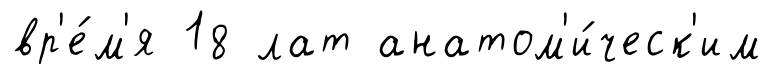
вр'е́м'я 18 лат анатом'и́ческ'им